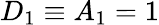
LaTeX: D_{1}\equiv A_{1}=1